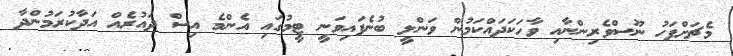
މެޗަށްފަހު ނޫސްވެރިންނާއި ވާހަކަދައްކަމުން ވަންލީ ބުނެފައިވަނީ ޓީމުގައި އެންމެ އިސް ދައުރެއް އަދާކުރަމުންދާ